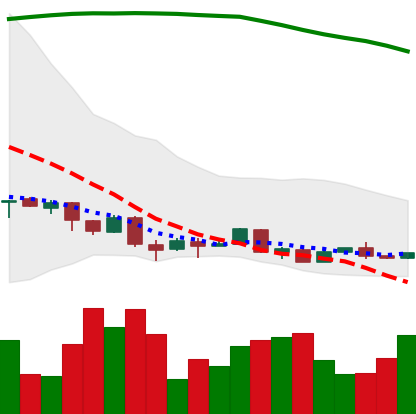
Ticker: XMR-USD
Chart end date: 2018-04-11
Forward return: 14.743%
Label: up_7plus